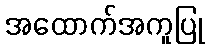
အထောက်အကူပြု